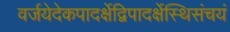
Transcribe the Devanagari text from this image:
वर्जयेदेकपादर्क्षेद्विपादर्क्षेस्थिसंचयं